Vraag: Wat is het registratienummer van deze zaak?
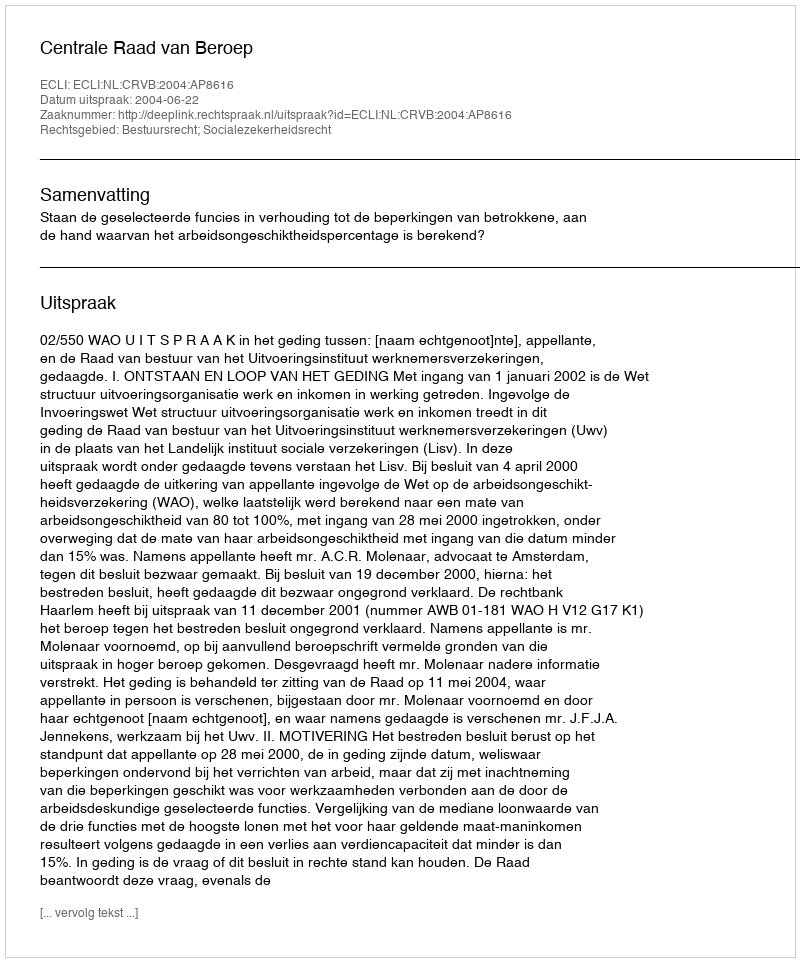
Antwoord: http://deeplink.rechtspraak.nl/uitspraak?id=ECLI:NL:CRVB:2004:AP8616